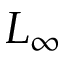
L _ { \infty }